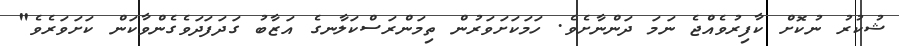
ޝުކުރު ނުކޮށް ކާފިރުވެއްޖެ ނަމަ ދަންނާށެވެ. ހަމަކަށަވަރުން ތިމަންރަސްކަލާނގެ އަޒާބު ގަދަފަދަވެގެންވާކަން ކަށަވަރެވެ"